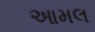
આમલ